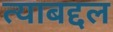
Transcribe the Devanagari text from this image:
त्‍याबद्दल